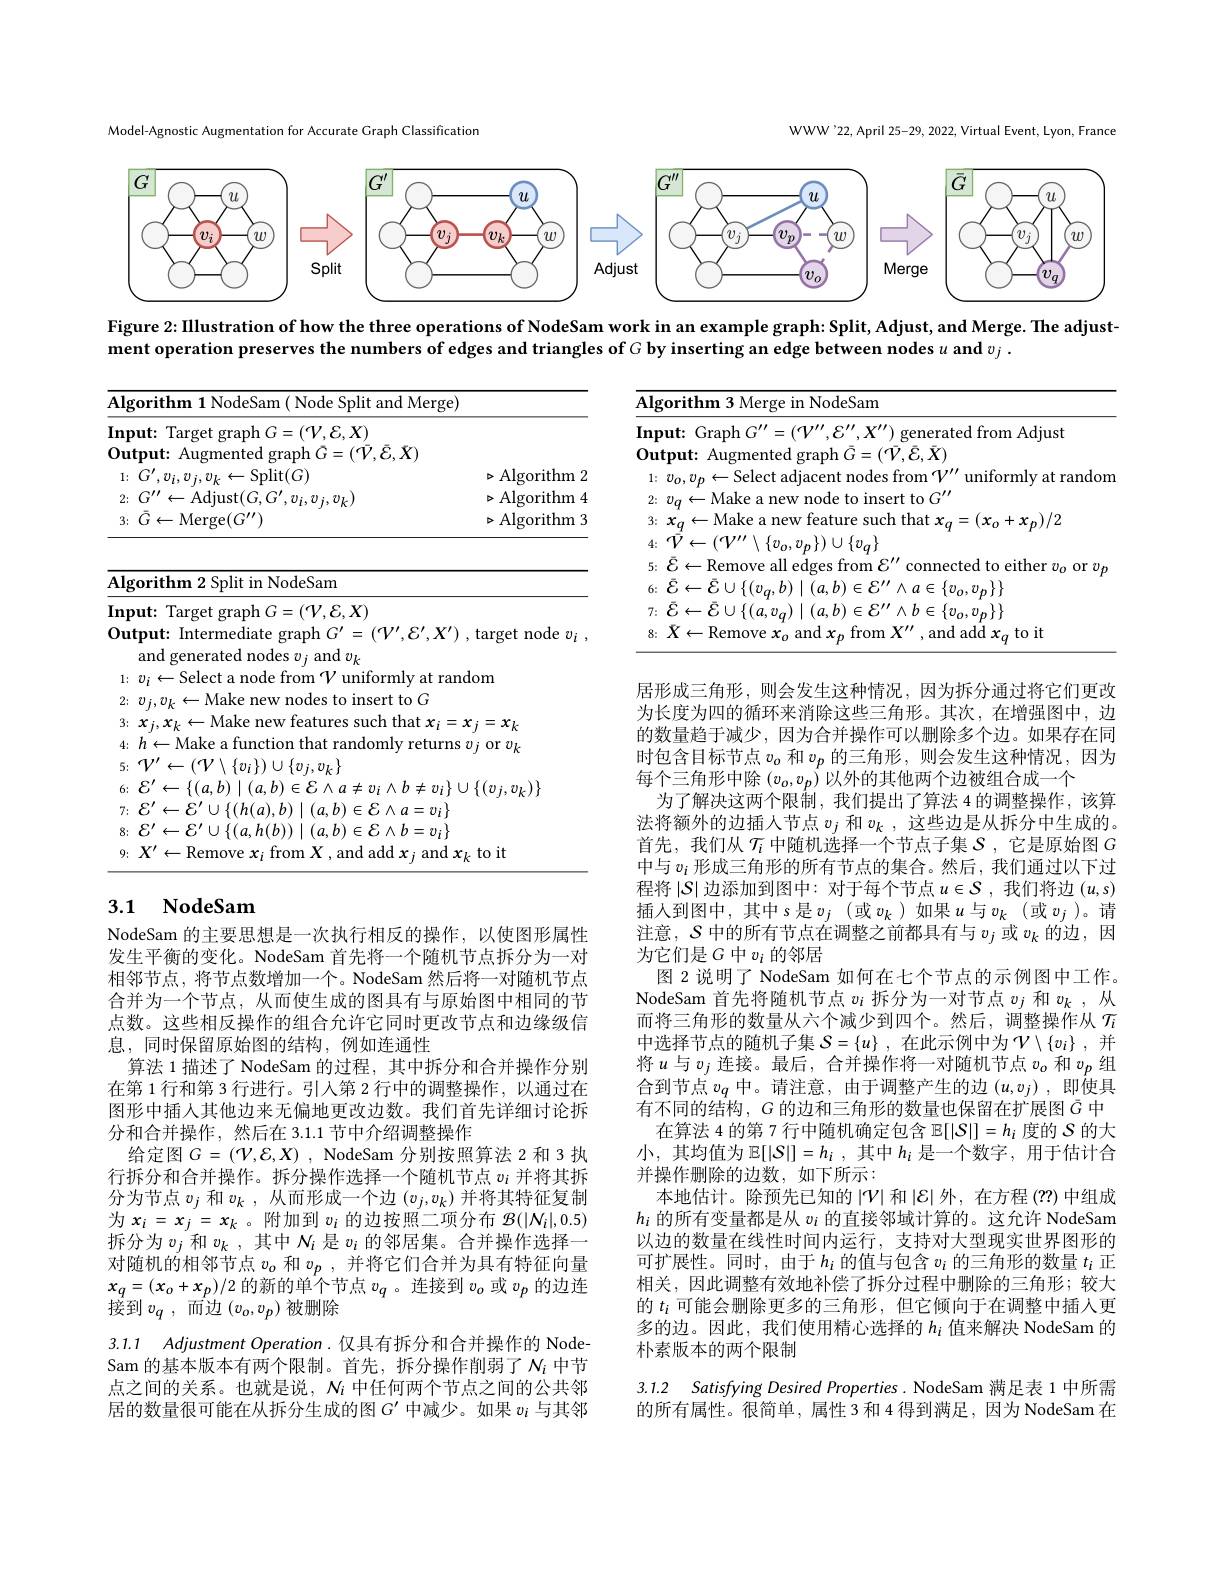
Model-Agnostic Augmentation for Accurate Graph Classification

WWW'22,April 25-29, 2022, Virtual Event, Lyon, France

<FigureHere>

Figure 2:IIlustration of how the three operations of NodeSam work in an example graph: Split, Adjust, and Merge. The adjust-
ment operation preserves the numbers of edges and triangles of $G$ by inserting an edge between nodes $u$ and $v_j.$

<table>
	<tbody>
		<tr>
			<td> </td>
			<td>${\mathrm{~in~NodeSam}}$ 701 rith Me</td>
		</tr>
		<tr>
			<td> </td>
			<td>TO insert to G</td>
		</tr>
		<tr>
			<td> </td>
			<td>$X_{4}$ -Remov and add frorr tort</td>
		</tr>
	</tbody>
</table>

<table>
	<tbody>
		<tr>
			<td>Algorithm 1 NodeSam ( Node Split and Merge)</td>
			<td> </td>
		</tr>
		<tr>
			<td>$1\nobreak {: } $ $G^{\prime }, v_{i, a}$ $-\operatorname{Split}(G)$</td>
			<td>$\operatorname{Algorithm}$ 2 D , 1</td>
		</tr>
		<tr>
			<td>$C^{\prime\prime}$ $\leftarrow$Adiust$(G,G^{\prime}$ 2; $\therefore211.$</td>
			<td>Algorithm > $\angle$</td>
		</tr>
		<tr>
			<td>3; $\bar{G} \leftarrow$Merge$(G^\prime\prime)$</td>
			<td>Algorithm</td>
		</tr>
		<tr>
			<td>${\textbf{Algorithm 2 Split in NodeSam}}$</td>
			<td> </td>
		</tr>
		<tr>
			<td>Input: Target graph $G=(\mathcal{V},\mathcal{E},X)$</td>
			<td> </td>
		</tr>
		<tr>
			<td>Output: Intermediate graph $G^{\prime}=$ $(\mathcal{V}^{\prime},\mathcal{E}^{\prime},X^{\prime})$ and generated nodes $v_j$ and $v_k$</td>
			<td>target node $v_i$</td>
		</tr>
		<tr>
			<td>1: Select unit cormlva at ant</td>
			<td>dom</td>
		</tr>
		<tr>
			<td>2: Make lodes s to insert to G $,U_{k}$</td>
			<td> </td>
		</tr>
		<tr>
			<td>-Make $W$ surh thatx $\{:$ $X$</td>
			<td>$x_{j}=x_{k}$</td>
		</tr>
		<tr>
			<td>$h\leftarrow$ Make s 11 funct ndomlv 4: returns $i+i$ 7</td>
			<td>$v_{j}($ or$v_k$</td>
		</tr>
		<tr>
			<td>$\cup\{v_{i},v_{k}\}$ 5</td>
			<td> </td>
		</tr>
		<tr>
			<td>6:</td>
			<td>$J\left\{(v_{j},v_{k})\right\}$</td>
		</tr>
		<tr>
			<td> </td>
			<td> </td>
		</tr>
		<tr>
			<td>8: $r_{1}$ $\textbf{A}_{\text{ A}}$ 71:</td>
			<td> </td>
		</tr>
		<tr>
			<td>0</td>
			<td>to it</td>
		</tr>
	</tbody>
</table>

## 3.1 $\mathbf{NodeSam}$

居形成三角形，则会发生这种情况，因为拆分通过将它们更改为长度为四的循环来消除这些三角形。其次，在增强图中，边的数量趋于减少，因为合并操作可以删除多个边。如果存在同时包含目标节点$v_o$和$v_p$的三角形，则会发生这种情况，因为每个三角形中除$(v_o,v_p)$以外的其他两个边被组合成一个
为了解决这两个限制，我们提出了算法 4 的调整操作，该算法将额外的边插入节点$v_j$和$v_k$ ,这些边是从拆分中生成的。首先，我们从$\mathcal{T}_i$中随机选择一个节点子集$\mathcal{S}$,它是原始图$G$ 中与$v_i$ 形成三角形的所有节点的集合。然后，我们通过以下过程将$|S|$边添加到图中：对于每个节点$u\in\mathcal{S}$ ,我们将边$(u,s)$ 插人到图中，其中 s 是$v_j$ (或$v_k$ )如果$u$与$v_k$ (或$v_j$ )。请注意，$\mathcal{S}$中的所有节点在调整之前都具有与$v_j$或$v_k$的边，因为它们是$G$中$v_i$的邻居
图 2 说明了 NodeSam 如何在七个节点的示例图中工作。NodeSam 首先将随机节点$v_i$拆分为一对节点$v_j$和$v_k$ ,从而将三角形的数量从六个减少到四个。然后，调整操作从$\mathcal{T}_i$ 中选择节点的随机子集$\mathcal{S} = \{ u\}$ ,在此示例中为$\mathcal{V} \setminus \{ v_i\}$ ,并将$u$与$v_j$连接。最后，合并操作将一对随机节点$v_o$和$v_p$组合到节点$v_q$中。请注意，由于调整产生的边$(u,v_j)$ ,即使具有不同的结构，$G$的边和三角形的数量也保留在扩展图$\bar{G}$中
在算法 4 的第 7 行中随机确定包含$\mathbb{E}[|\mathcal{S}|]=h_i$度的$\mathcal{S}$的大小，其均值为$\mathbb{E} [ | \mathcal{S} | ] = h_i$ ,其中$h_i$ 是一个数字，用于估计合并操作删除的边数，如下所示：
本地估计。除预先已知的$|\mathcal{V}|$和$|\mathcal{E}|$外，在方程 (??) 中组成$h_i$的所有变量都是从$v_i$的直接邻域计算的。这允许 NodeSam 以边的数量在线性时间内运行，支持对大型现实世界图形的可扩展性。同时，由于$h_i$的值与包含$v_i$的三角形的数量$t_i$正相关，因此调整有效地补偿了拆分过程中删除的三角形；较大的$t_i$可能会删除更多的三角形，但它倾向于在调整中插人更多的边。因此，我们使用精心选择的$h_i$值来解决 NodeSam 的朴素版本的两个限制

NodeSam 的主要思想是一次执行相反的操作，以使图形属性发生平衡的变化。NodeSam 首先将一个随机节点拆分为一对相邻节点，将节点数增加一个。NodeSam 然后将一对随机节点合并为一个节点，从而使生成的图具有与原始图中相同的节点数。这些相反操作的组合允许它同时更改节点和边缘级信息，同时保留原始图的结构，例如连通性
算法 1 描述了 NodeSam 的过程，其中拆分和合并操作分别在第 1 行和第 3 行进行。引入第 2 行中的调整操作，以通过在图形中插人其他边来无偏地更改边数。我们首先详细讨论拆分和合并操作，然后在 3.1.1 节中介绍调整操作
给定图$G= ( \mathcal{V} , \mathcal{E} , X)$ , NodeSam 分别按照算法 2 和 3 执行拆分和合并操作。拆分操作选择一个随机节点$v_i$并将其拆分为节点$v_j$和$v_k$ ,从而形成一个边$(v_j,v_k)$并将其特征复制为$x_i=x_j=x_k$ 。附加到$v_i$的边按照二项分布$\mathcal{B}(|\mathcal{N}_i|,0.5)$ 拆分为$v_j$和$v_k$,其中$N_i$是$v_i$的邻居集。合并操作选择一对随机的相邻节点$v_o$和$v_p$,并将它们合并为具有特征向量$x_{q}=(x_{o}+x_{p})/2$的新的单个节点$v_q$ 。连接到$v_o$或$v_p$的边连接到$v_q$,而边$(v_o,v_p)$被删除
3.1.1 Adjustment Operation.仅具有拆分和合并操作的 Node-

Sam 的基本版本有两个限制。首先，拆分操作削弱了$N_i$ 中节点之间的关系。也就是说，$N_i$中任何两个节点之间的公共邻居的数量很可能在从拆分生成的图$G^{\prime}$中减少。如果$v_i$与其邻

3.1.2 Satisfying Desired Properties. NodeSam 满足表 1 中所需的所有属性。很简单，属性 3 和 4 得到满足，因为 NodeSam 在